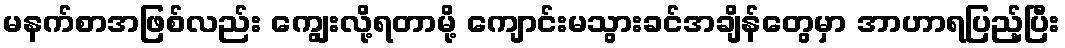
မနက်စာအဖြစ်လည်း ကျွေးလို့ရတာမို့ ကျောင်းမသွားခင်အချိန်တွေမှာ အာဟာရပြည့်ပြီး